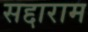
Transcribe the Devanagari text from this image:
सद्दाराम